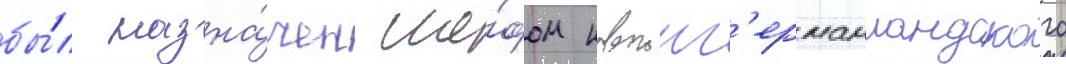
бы́л назна́чен ше́фом новоинг'ерманландского